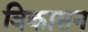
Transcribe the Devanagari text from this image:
विकासन